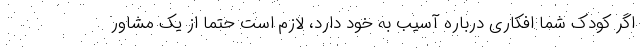
اگر کودک شما افکاری درباره آسیب به خود دارد، لازم است حتما از یک مشاور